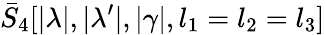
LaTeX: \bar{S}_{4}[|\lambda|,|\lambda^{\prime}|,|\gamma|,l_{1}=l_{2}=l_{3}]